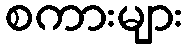
စကားများ